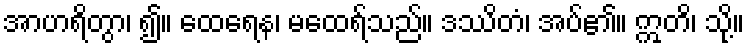
အာဟရိတွာ၊ ၍။ ထေရေန၊ မထေရ်သည်။ ဒဿိတံ၊ အပ်၏။ ဣတိ၊ သို့။